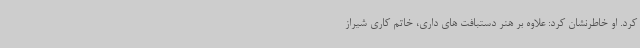
کرد. او خاطرنشان کرد: علاوه بر هنر دستبافت های داری، خاتم کاری شیراز